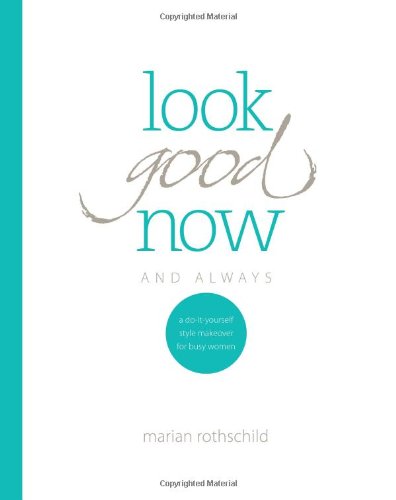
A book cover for Look Good Now and Always: A Do-It-Yourself Style Makeover for Busy Women; Marian Rothschild; Business & Money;